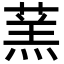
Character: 蓔